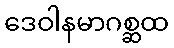
ဒေဝါနမာဂစ္ဆထ